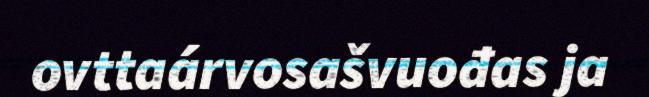
ovttaárvosašvuođas ja